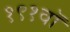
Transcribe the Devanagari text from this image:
१९१वॉ